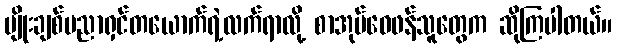
မျိုးချစ်ပညာရှင်တယောက်ရဲ့လက်ရာလို့ စာအုပ်ဝေဖန်သူတွေက ဆိုကြပါတယ်။